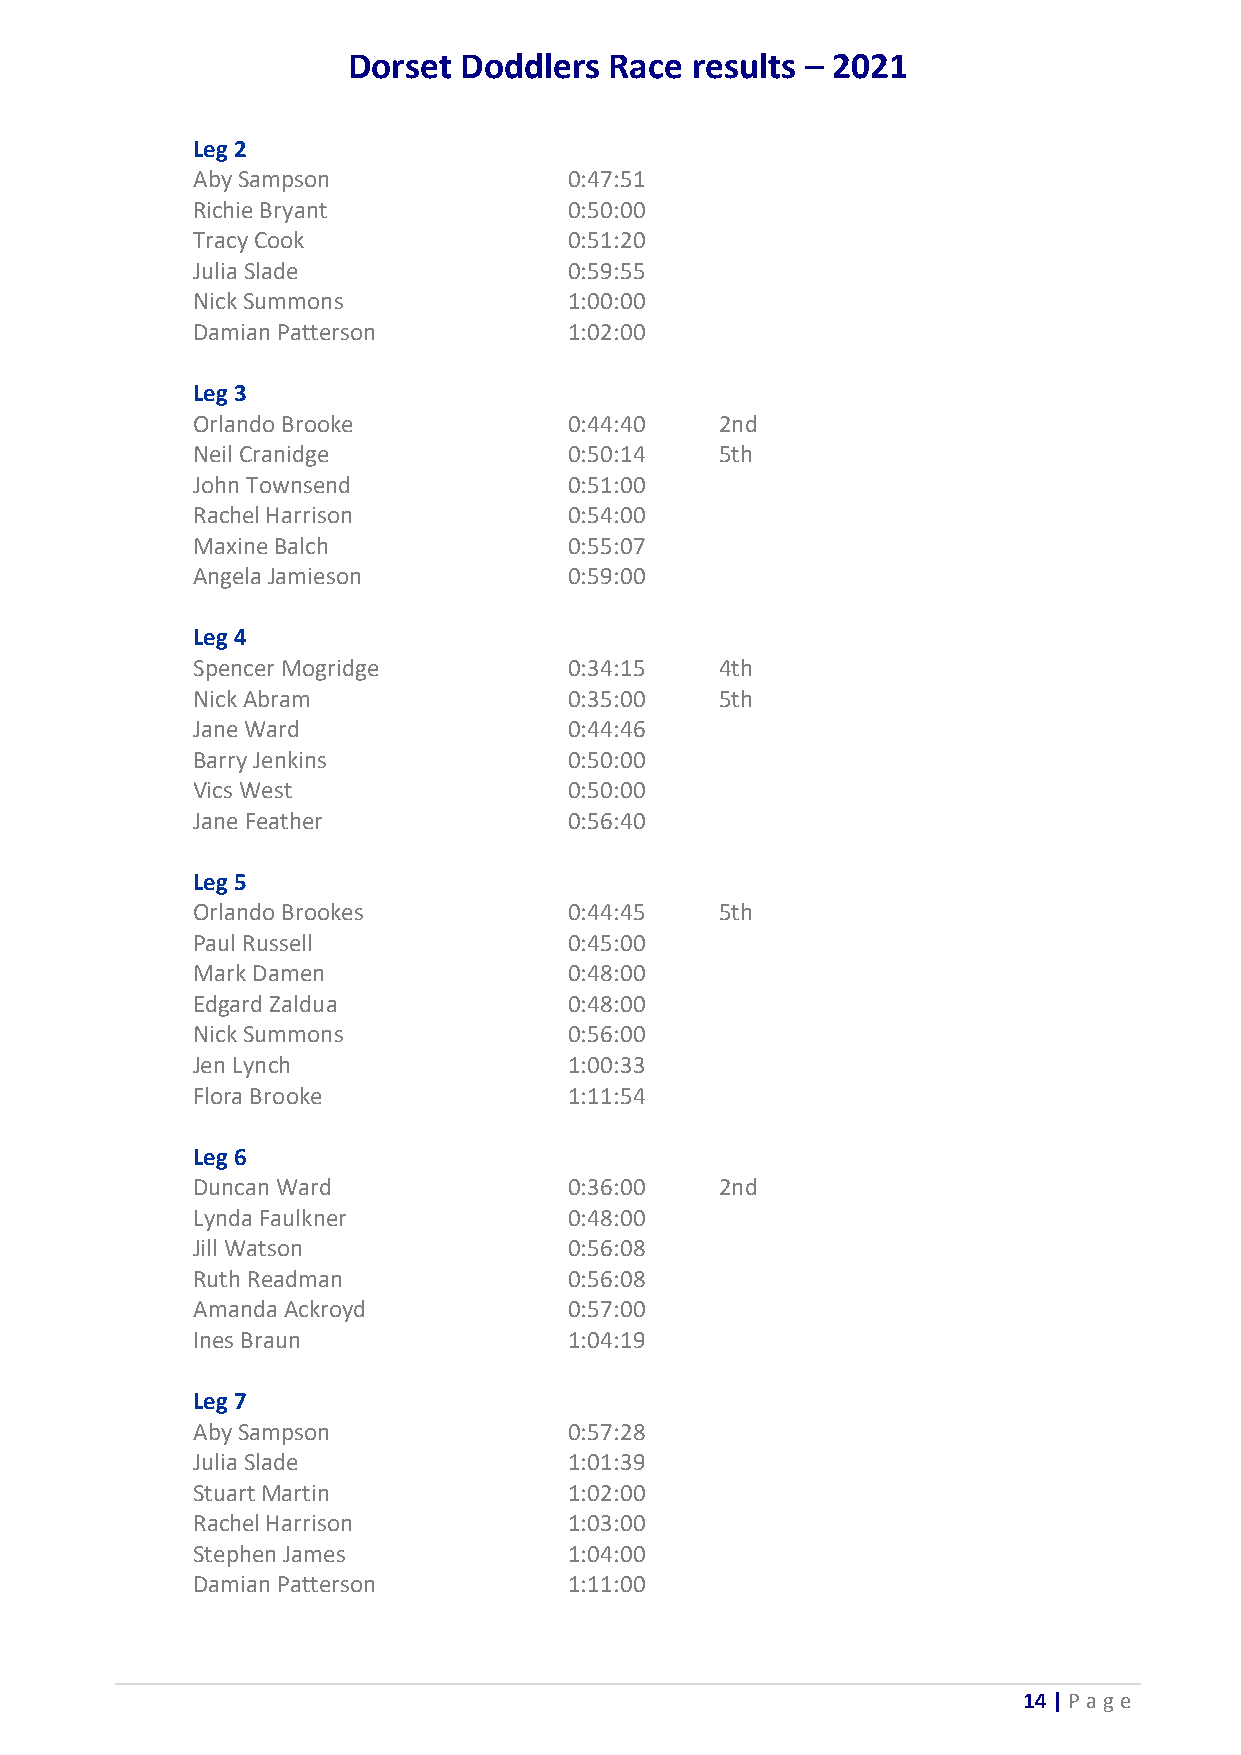
Dorset Doddlers  Race  results – 2021
 Leg 2
 Aby Sampson              0:47:51
 Richie Bryant            0:50:00
 Tracy Cook               0:51:20
 Julia Slade              0:59:55
 Nick Summons             1:00:00
 Damian Patterson         1:02:00
 Leg 3
 Orlando Brooke           0:44:40   2nd
 Neil Cranidge            0:50:14   5th
 John Townsend            0:51:00
 Rachel Harrison          0:54:00
 Maxine Balch             0:55:07
 Angela Jamieson          0:59:00
 Leg 4
 Spencer Mogridge         0:34:15   4th
 Nick Abram               0:35:00   5th
 Jane Ward                0:44:46
 Barry Jenkins            0:50:00
 Vics West                0:50:00
 Jane Feather             0:56:40
 Leg 5
 Orlando Brookes          0:44:45   5th
 Paul Russell             0:45:00
 Mark Damen               0:48:00
 Edgard Zaldua            0:48:00
 Nick Summons             0:56:00
 Jen Lynch                1:00:33
 Flora Brooke             1:11:54
 Leg 6
 Duncan Ward              0:36:00   2nd
 Lynda Faulkner           0:48:00
 Jill Watson              0:56:08
 Ruth Readman             0:56:08
 Amanda Ackroyd           0:57:00
 Ines Braun               1:04:19
 Leg 7
 Aby Sampson              0:57:28
 Julia Slade              1:01:39
 Stuart Martin            1:02:00
 Rachel Harrison          1:03:00
 Stephen James            1:04:00
 Damian Patterson         1:11:00
 14 | P age